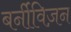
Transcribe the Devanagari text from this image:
बर्नीविज़न